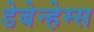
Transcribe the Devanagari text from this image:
डेबेन्हेम्स